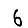
Digit: 6